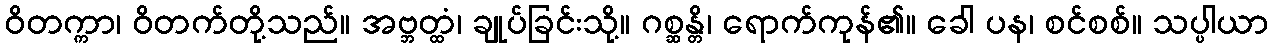
ဝိတက္ကာ၊ ဝိတက်တို့သည်။ အဗ္ဘတ္ထံ၊ ချုပ်ခြင်းသို့။ ဂစ္ဆန္တိ၊ ရောက်ကုန်၏။ ခေါ ပန၊ စင်စစ်။ သပ္ပါယာ